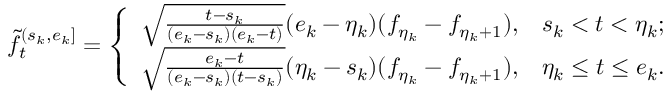
\begin{array} { r } { \widetilde f _ { t } ^ { ( s _ { k } , e _ { k } ] } = \left\{ \begin{array} { l l } { \sqrt { \frac { t - s _ { k } } { ( e _ { k } - s _ { k } ) ( e _ { k } - t ) } } ( e _ { k } - \eta _ { k } ) ( f _ { \eta _ { k } } - f _ { \eta _ { k } + 1 } ) , } & { s _ { k } < t < \eta _ { k } ; } \\ { \sqrt { \frac { e _ { k } - t } { ( e _ { k } - s _ { k } ) ( t - s _ { k } ) } } ( \eta _ { k } - s _ { k } ) ( f _ { \eta _ { k } } - f _ { \eta _ { k } + 1 } ) , } & { \eta _ { k } \le t \le e _ { k } . } \end{array} \right. } \end{array}